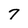
Character: 7